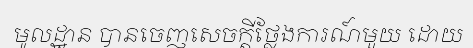
មូលដ្ឋាន បានចេញសេចក្តីថ្លែងការណ៍មួយ ដោយ